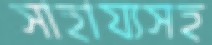
সাহায্যসহ